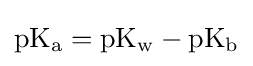
\mathrm {pK_{a}=\mathrm {pK_{w}} -\mathrm {pK_{b}} }